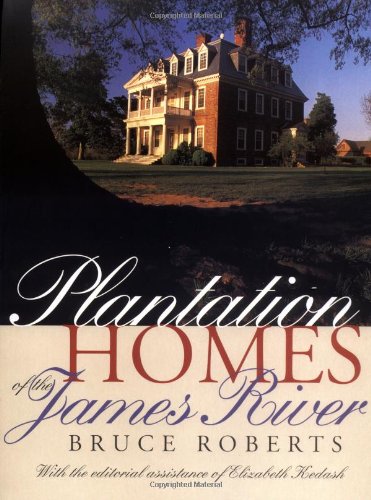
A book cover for Plantation Homes of the James River; Bruce Roberts; Travel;